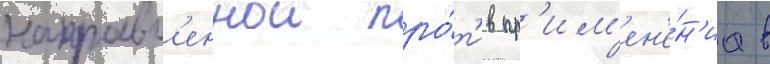
направл'еннои про́т'ив пр'им'ен'е́н'иа в